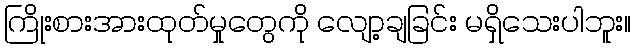
ကြိုးစားအားထုတ်မှုတွေကို လျော့ချခြင်း မရှိသေးပါဘူး။